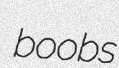
boobs